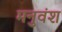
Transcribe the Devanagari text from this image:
मनुवंश